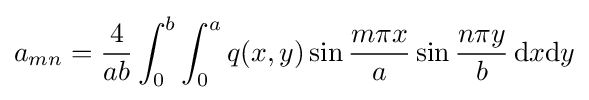
a_{mn}={\frac {4}{ab}}\int _{0}^{b}\int _{0}^{a}q(x,y)\sin {\frac {m\pi x}{a}}\sin {\frac {n\pi y}{b}}\,{\text{d}}x{\text{d}}y